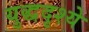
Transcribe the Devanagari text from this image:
युद्धदृश्ये